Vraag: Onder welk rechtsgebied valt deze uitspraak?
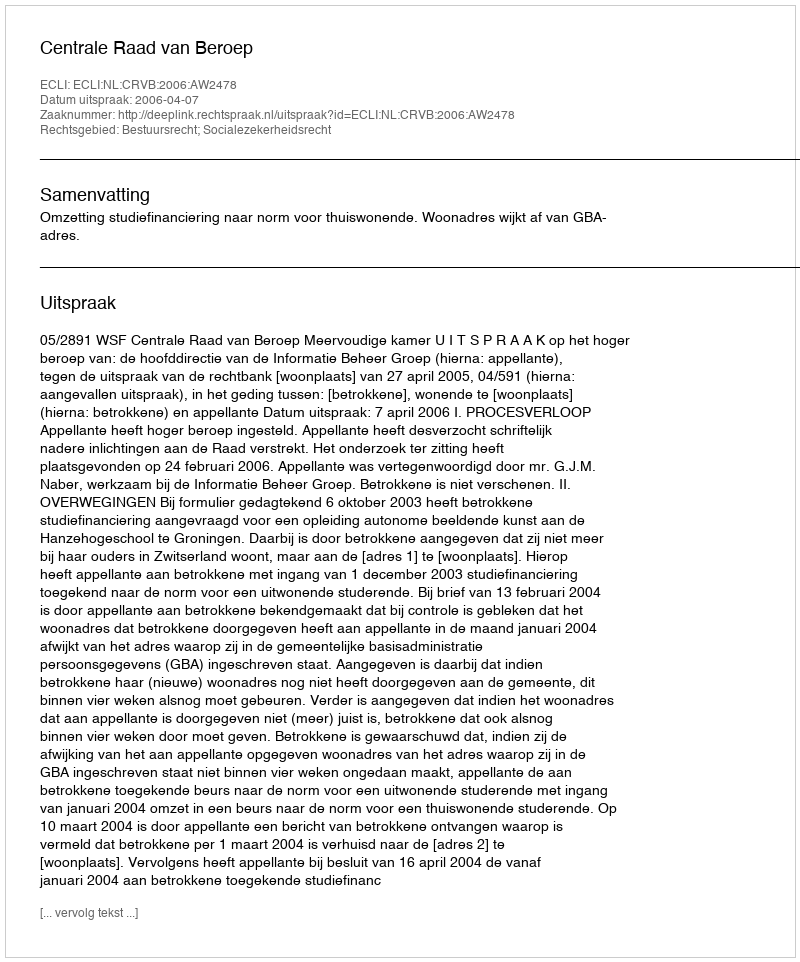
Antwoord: Bestuursrecht; Socialezekerheidsrecht